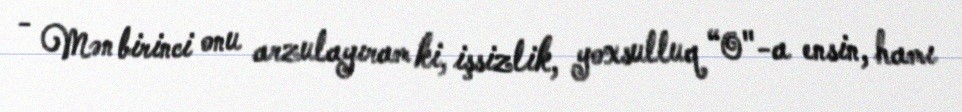
- Mən birinci onu arzulayıram ki, işsizlik, yoxsulluq “0"-a ensin, hamı